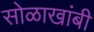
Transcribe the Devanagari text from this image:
सोळाखांबी